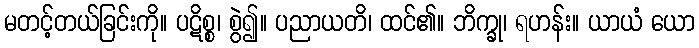
မတင့်တယ်ခြင်းကို။ ပဋိစ္စ၊ စွဲ၍။ ပညာယတိ၊ ထင်၏။ ဘိက္ခု၊ ရဟန်း။ ယာယံ ယော